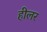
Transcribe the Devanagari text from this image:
हीलर